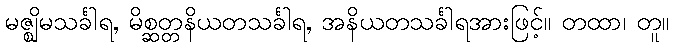
မဇ္ဈိမသင်္ခါရ, မိစ္ဆတ္တနိယတသင်္ခါရ, အနိယတသင်္ခါရအားဖြင့်။ တထာ၊ တူ။